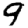
Digit: 9